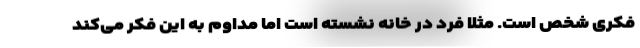
فکری شخص است. مثلا فرد در خانه نشسته است اما مداوم به این فکر می‌کند